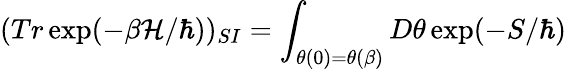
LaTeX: (Tr\exp(-\beta\mathcal{H}/\hbar))_{SI}=\int_{\theta(0)=\theta(\beta)}D\theta\exp(-S/\hbar)